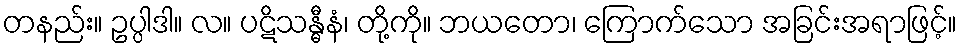
တနည်း။ ဥပ္ပါဒါ။ လ။ ပဋိသန္ဓီနံ၊ တို့ကို။ ဘယတော၊ ကြောက်သော အခြင်းအရာဖြင့်။